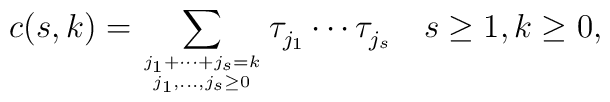
c(s,k)=\sum_{j_1 + \cdots + j_{s}=k\atop j_1,\ldots, j_{s}\geq0}\tau^{}_{j_1}\cdots\tau^{}_{j_{s}}\quad s\geq1, k\geq0,